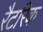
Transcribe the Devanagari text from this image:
रैटरिक